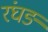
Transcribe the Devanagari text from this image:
रंघङ